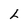
Character: L